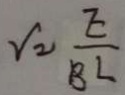
V _ { = } \frac { E } { B L }